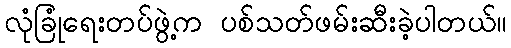
လုံခြုံရေးတပ်ဖွဲ့က ပစ်သတ်ဖမ်းဆီးခဲ့ပါတယ်။